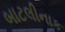
બાટલીનાક